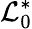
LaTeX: \mathcal{L}_{0}^{\ast}